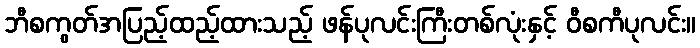
ဘီစကွတ်အပြည့်ထည့်ထားသည့် ဖန်ပုလင်းကြီးတစ်လုံးနှင့် ဝီစကီပုလင်း။